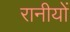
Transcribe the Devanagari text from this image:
रानीयों